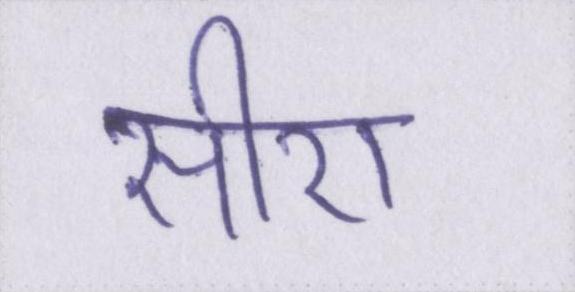
सीरा